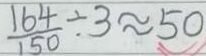
\frac { 1 6 4 } { 1 5 0 } \div 3 \approx 5 0